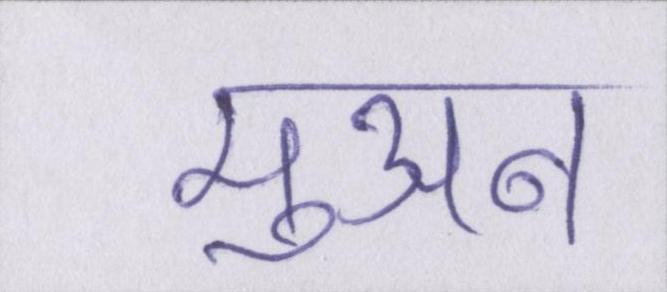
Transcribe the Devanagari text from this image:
मुअन